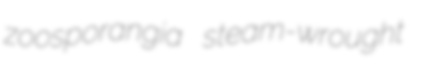
zoosporangia steam-wrought